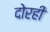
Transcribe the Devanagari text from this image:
दोरही